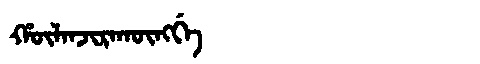
Manchu: ᡥᡡᠯᠠᠨᠵᡳᡵᠠᡴᡡᠩᡤᡝ
Romanization: HŪLANJIRAKŪNGGE